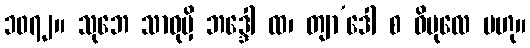
၁၀၇၂။ သုဘေ သာဓုမှိ ဘဒ္ဒေါ ထ၊ တျာ’ဒေါ စ ဝိပုလေ ဗဟု။